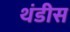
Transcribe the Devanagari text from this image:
थंडीस